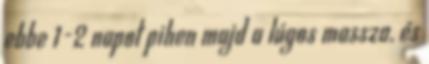
ebbe 1-2 napot pihen majd a lúgos massza, és